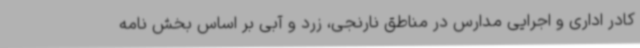
کادر اداری و اجرایی مدارس در مناطق نارنجی، زرد و آبی بر اساس بخش نامه